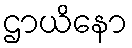
ဌာယိနော